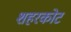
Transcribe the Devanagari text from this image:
शहरकोट